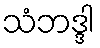
သံဘဒ္ဒါ